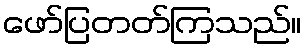
ဖော်ပြတတ်ကြသည်။